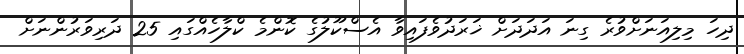
ދިހަ މިލިއަނަށްވުރެ ގިނަ އަދަދަށް ޚަރަދުވެފައިވާ އެސްކޫލުގެ ކޮންމެ ކްލާހެއްގައި 25 ދަރިވަރުންނަށް